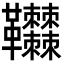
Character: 𩎎